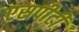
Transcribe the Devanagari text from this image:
एसपीटी